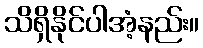
သိရှိနိုင်ပါအံ့နည်း။